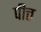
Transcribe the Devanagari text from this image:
पीत्त